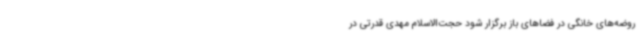
روضه‌های خانگی در فضاهای باز برگزار شود حجت‌الاسلام مهدی قدرتی در